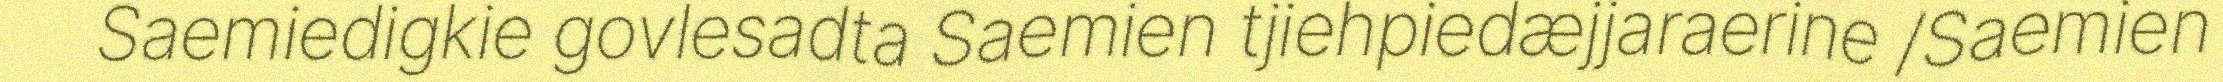
Saemiedigkie govlesadta Saemien tjiehpiedæjjaraerine /Saemien